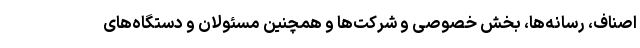
اصناف، رسانه‌ها، بخش خصوصی و شرکت‌ها و همچنین مسئولان و دستگاه‌های